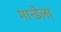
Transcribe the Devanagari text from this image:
मान्डेला